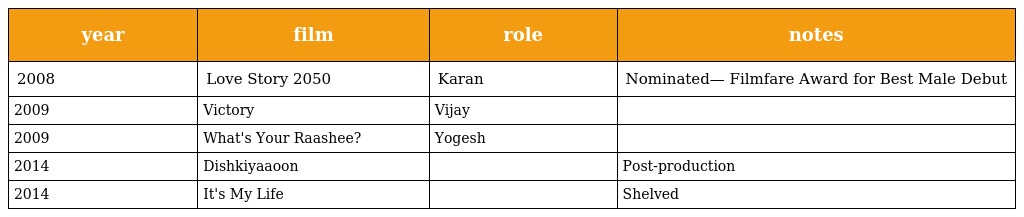
| year | film | role | notes |
 | --- | --- | --- | --- |
 | 2008 | Love Story 2050 | Karan | Nominated— Filmfare Award for Best Male Debut |
 | 2009 | Victory | Vijay |  |
 | 2009 | What's Your Raashee? | Yogesh |  |
 | 2014 | Dishkiyaaoon |  | Post-production |
 | 2014 | It's My Life |  | Shelved |